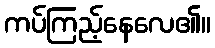
ကပ်ကြည့်နေလေ၏။